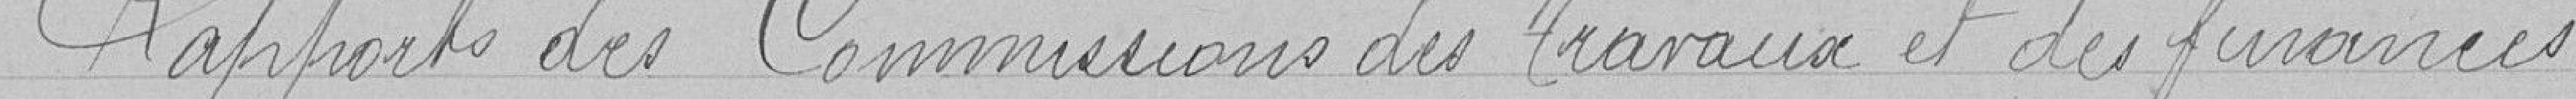
Rapport des Commissions des Travaux et des finances